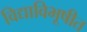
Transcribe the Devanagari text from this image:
विद्याविभूषीत